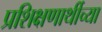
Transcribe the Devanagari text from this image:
प्रशिक्षणार्थीच्या